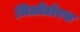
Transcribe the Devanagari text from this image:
थिओडोरस